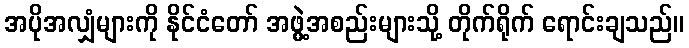
အပိုအလျှံများကို နိုင်ငံတော် အဖွဲ့အစည်းများသို့ တိုက်ရိုက် ရောင်းချသည်။